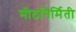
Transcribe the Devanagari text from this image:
मीठनिर्मिती